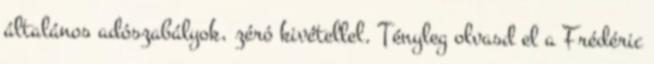
általános adószabályok, zéró kivétellel. Tényleg olvasd el a Frédéric